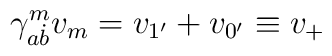
\gamma _{a\dot{b}}^mv_m=v_{1^{\prime }}+v_{0^{\prime }}\equiv v_{+}